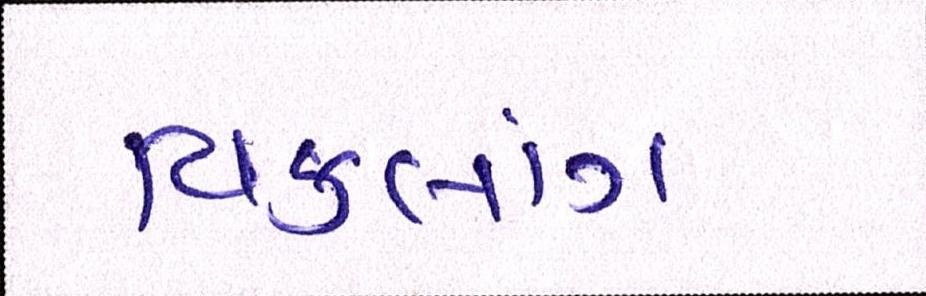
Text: વિકલાંગ